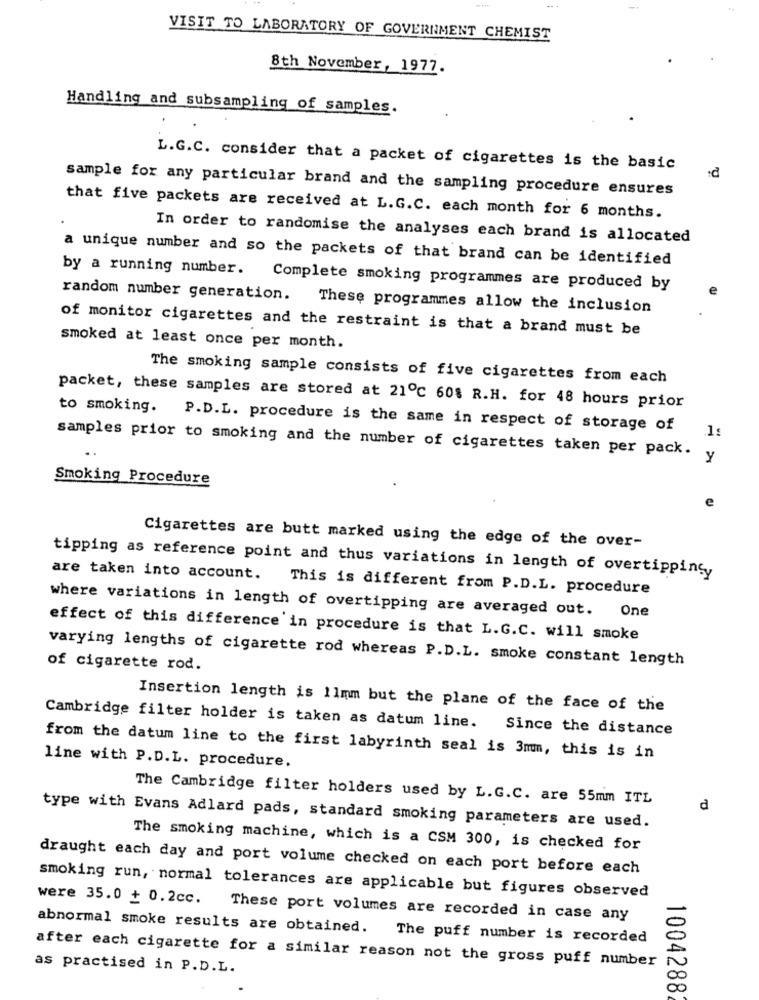
VISIT TO LABORATORY OF GOVERNMENT CHEMIST
8th November, 1977.
Handling and subsampling of samples.
L.G.C. consider that a packet of cigarettes is the basic
sample for any particular brand and the sampling procedure ensures
that five packets are received at L.G.C. each month for 6 months.
In order to randomise the analyses each brand is allocated
a unique number and so the packets of that brand can be identified
by a running number. Complete smoking programmes are produced by
random number generation.
These programmes allow the inclusion
of monitor cigarettes and the restraint is that a brand must be
smoked at least once per month.
The smoking sample consists of five cigarettes from each
packet, these samples are stored at 21℃ 60% R.H. for 48 hours prior
to smoking.
P.D.L. procedure is the same in respect of storage of
samples prior to smoking and the number of cigarettes taken per pack. y
Smoking Procedure
Cigarettes are butt marked using the edge of the over-
tipping as reference point and thus variations in length of overtipping
are taken into account. This is different from P.D.L. procedure
where variations in length of overtipping are averaged out. One
effect of this difference in procedure is that L.G.C. will smoke
varying lengths of cigarette rod whereas P.D.L. smoke constant length
of cigarette rod.
Insertion length is 11mm but the plane of the face of the
Cambridge filter holder is taken as datum line. Since the distance
from the datum line to the first labyrinth seal is 3mm, this is in
line with P.D.L. procedure.
The Cambridge filter holders used by L.G.C. are 55mm ITL
d
type with Evans Adlard pads, standard smoking parameters are used.
The smoking machine, which is a CSM 300, is checked for
draught each day and port volume checked on each port before each
smoking run, normal tolerances are applicable but figures observed
were 35.0 + 0.2cc. These port volumes are recorded in case any
abnormal smoke results are obtained.
The puff number is recorded
after each cigarette for a similar reason not the gross puff number
as practised in P.D.L.
10042882